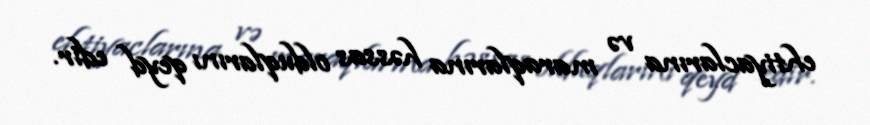
ehtiyaclarına və maraqlarına həssas olduqlarını qeyd edir.